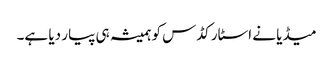
میڈیا نے اسٹار کڈس کو ہمیشہ ہی پیار دیا ہے۔